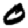
Digit: 0